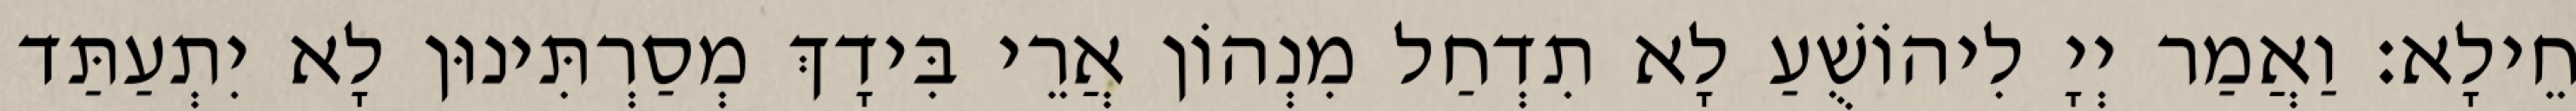
חֵילָא׃ וַאֲמַר יְיָ לִיהוֹשֻׁעַ לָא תִדְחַל מִנְהוֹן אֲרֵי בִּידָךְ מְסַרְתִּינוּן לָא יִתְעַתַּד